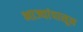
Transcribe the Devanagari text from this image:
भाज्यांपासून